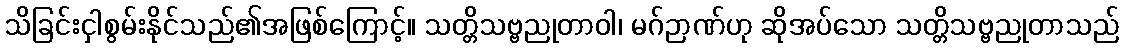
သိခြင်းငှါစွမ်းနိုင်သည်၏အဖြစ်ကြောင့်။ သတ္တိသဗ္ဗညုတာဝါ၊ မဂ်ဉာဏ်ဟု ဆိုအပ်သော သတ္တိသဗ္ဗညုတာသည်